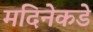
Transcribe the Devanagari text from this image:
मदिनेकडे